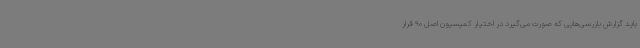
باید گزارش بازرسی‌هایی که صورت می‌گیرد در اختیار کمیسیون اصل 90 قرار